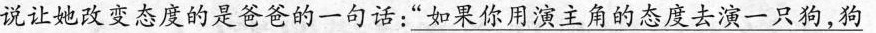
说让她改变态度的是爸爸的一句话：”如果你用演主角的态度去演一只狗，狗